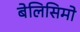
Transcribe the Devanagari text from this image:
बेलिसिमो